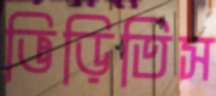
ভিড়িতিস